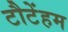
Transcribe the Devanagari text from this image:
टौटेंहम